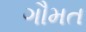
ગૌમત